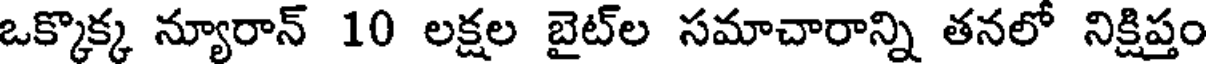
ఒక్కొక్క న్యూరాన్ 10 లక్షల బైట్ల సమాచారాన్ని తనలో నిక్షిప్తం